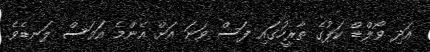
އަދި ވޯލްޑް ކަޕުގެ ތާރީހުގައި ފަސް ވަނަ އަށް އެންމެ އަވަސް ލަނޑެވެ.